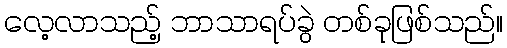
လေ့လာသည့် ဘာသာရပ်ခွဲ တစ်ခုဖြစ်သည်။